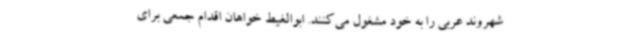
شهروند عربی را به خود مشغول می‌کنند. ابوالغیط خواهان اقدام جمعی برای